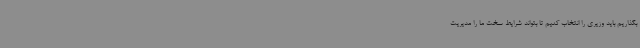
بگذاریم باید وزیری را انتخاب کنیم تا بتواند شرایط سخت ما را مدیریت